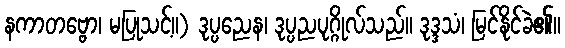
နကာတဗ္ဗော၊ မပြုသင့်။) ဒုပ္ပညေန၊ ဒုပ္ပညပုဂ္ဂိုလ်သည်။ ဒုဒ္ဒသံ၊ မြင်နိုင်ခဲ၏။